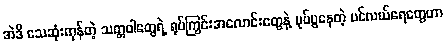
အဲဒီ သေဆုံးကုန်တဲ့ သတ္တဝါတွေရဲ့ ရုပ်ကြွင်းအလောင်းတွေနဲ့ ပုပ်ပွနေတဲ့ ပင်လယ်ရေတွေဟာ